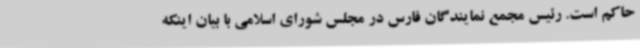
حاکم است. رئیس مجمع نمایندگان فارس در مجلس شورای اسلامی با بیان اینکه